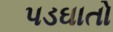
પડઘાતો